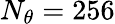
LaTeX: N_{\theta}=256